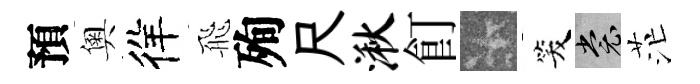
預奧徉飛殉尺湫飣卡笑裳茫